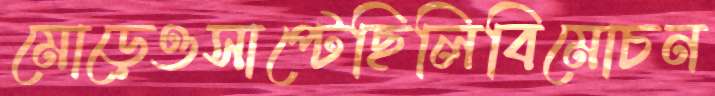
মোড়েওসাপ্‌টেছিলিবিমোচন